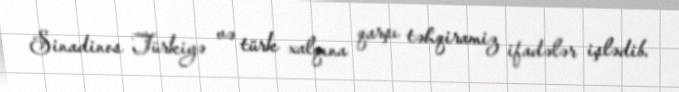
Sinadinos Türkiyə və türk xalqına qarşı təhqiramiz ifadələr işlədib.